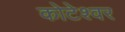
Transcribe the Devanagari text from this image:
कोटेश्‍वर